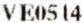
VE0514